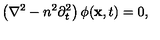
\left( \nabla ^ { 2 } - n ^ { 2 } \partial _ { t } ^ { 2 } \right) \phi ( { \bf x } , t ) = 0 ,